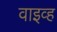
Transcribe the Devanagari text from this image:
वाइव्ह